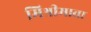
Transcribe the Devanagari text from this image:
मिश्रीमावा